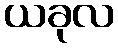
ယခုလ